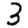
Digit: 3